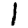
Digit: 1